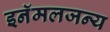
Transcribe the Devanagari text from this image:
इनॅमलजन्य